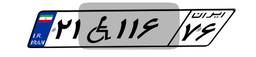
۲۱W۱۱۶۷۶